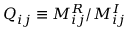
Q _ { i j } \equiv M _ { i j } ^ { R } / M _ { i j } ^ { I }